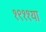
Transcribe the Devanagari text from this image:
१९११या